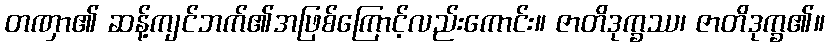
တဏှာ၏ ဆန့်ကျင်ဘက်၏အဖြစ်ကြောင့်လည်းကောင်း။ ဇာတိဒုက္ခဿ၊ ဇာတိဒုက္ခ၏။